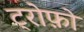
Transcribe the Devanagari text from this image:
ट्रोफ़ो